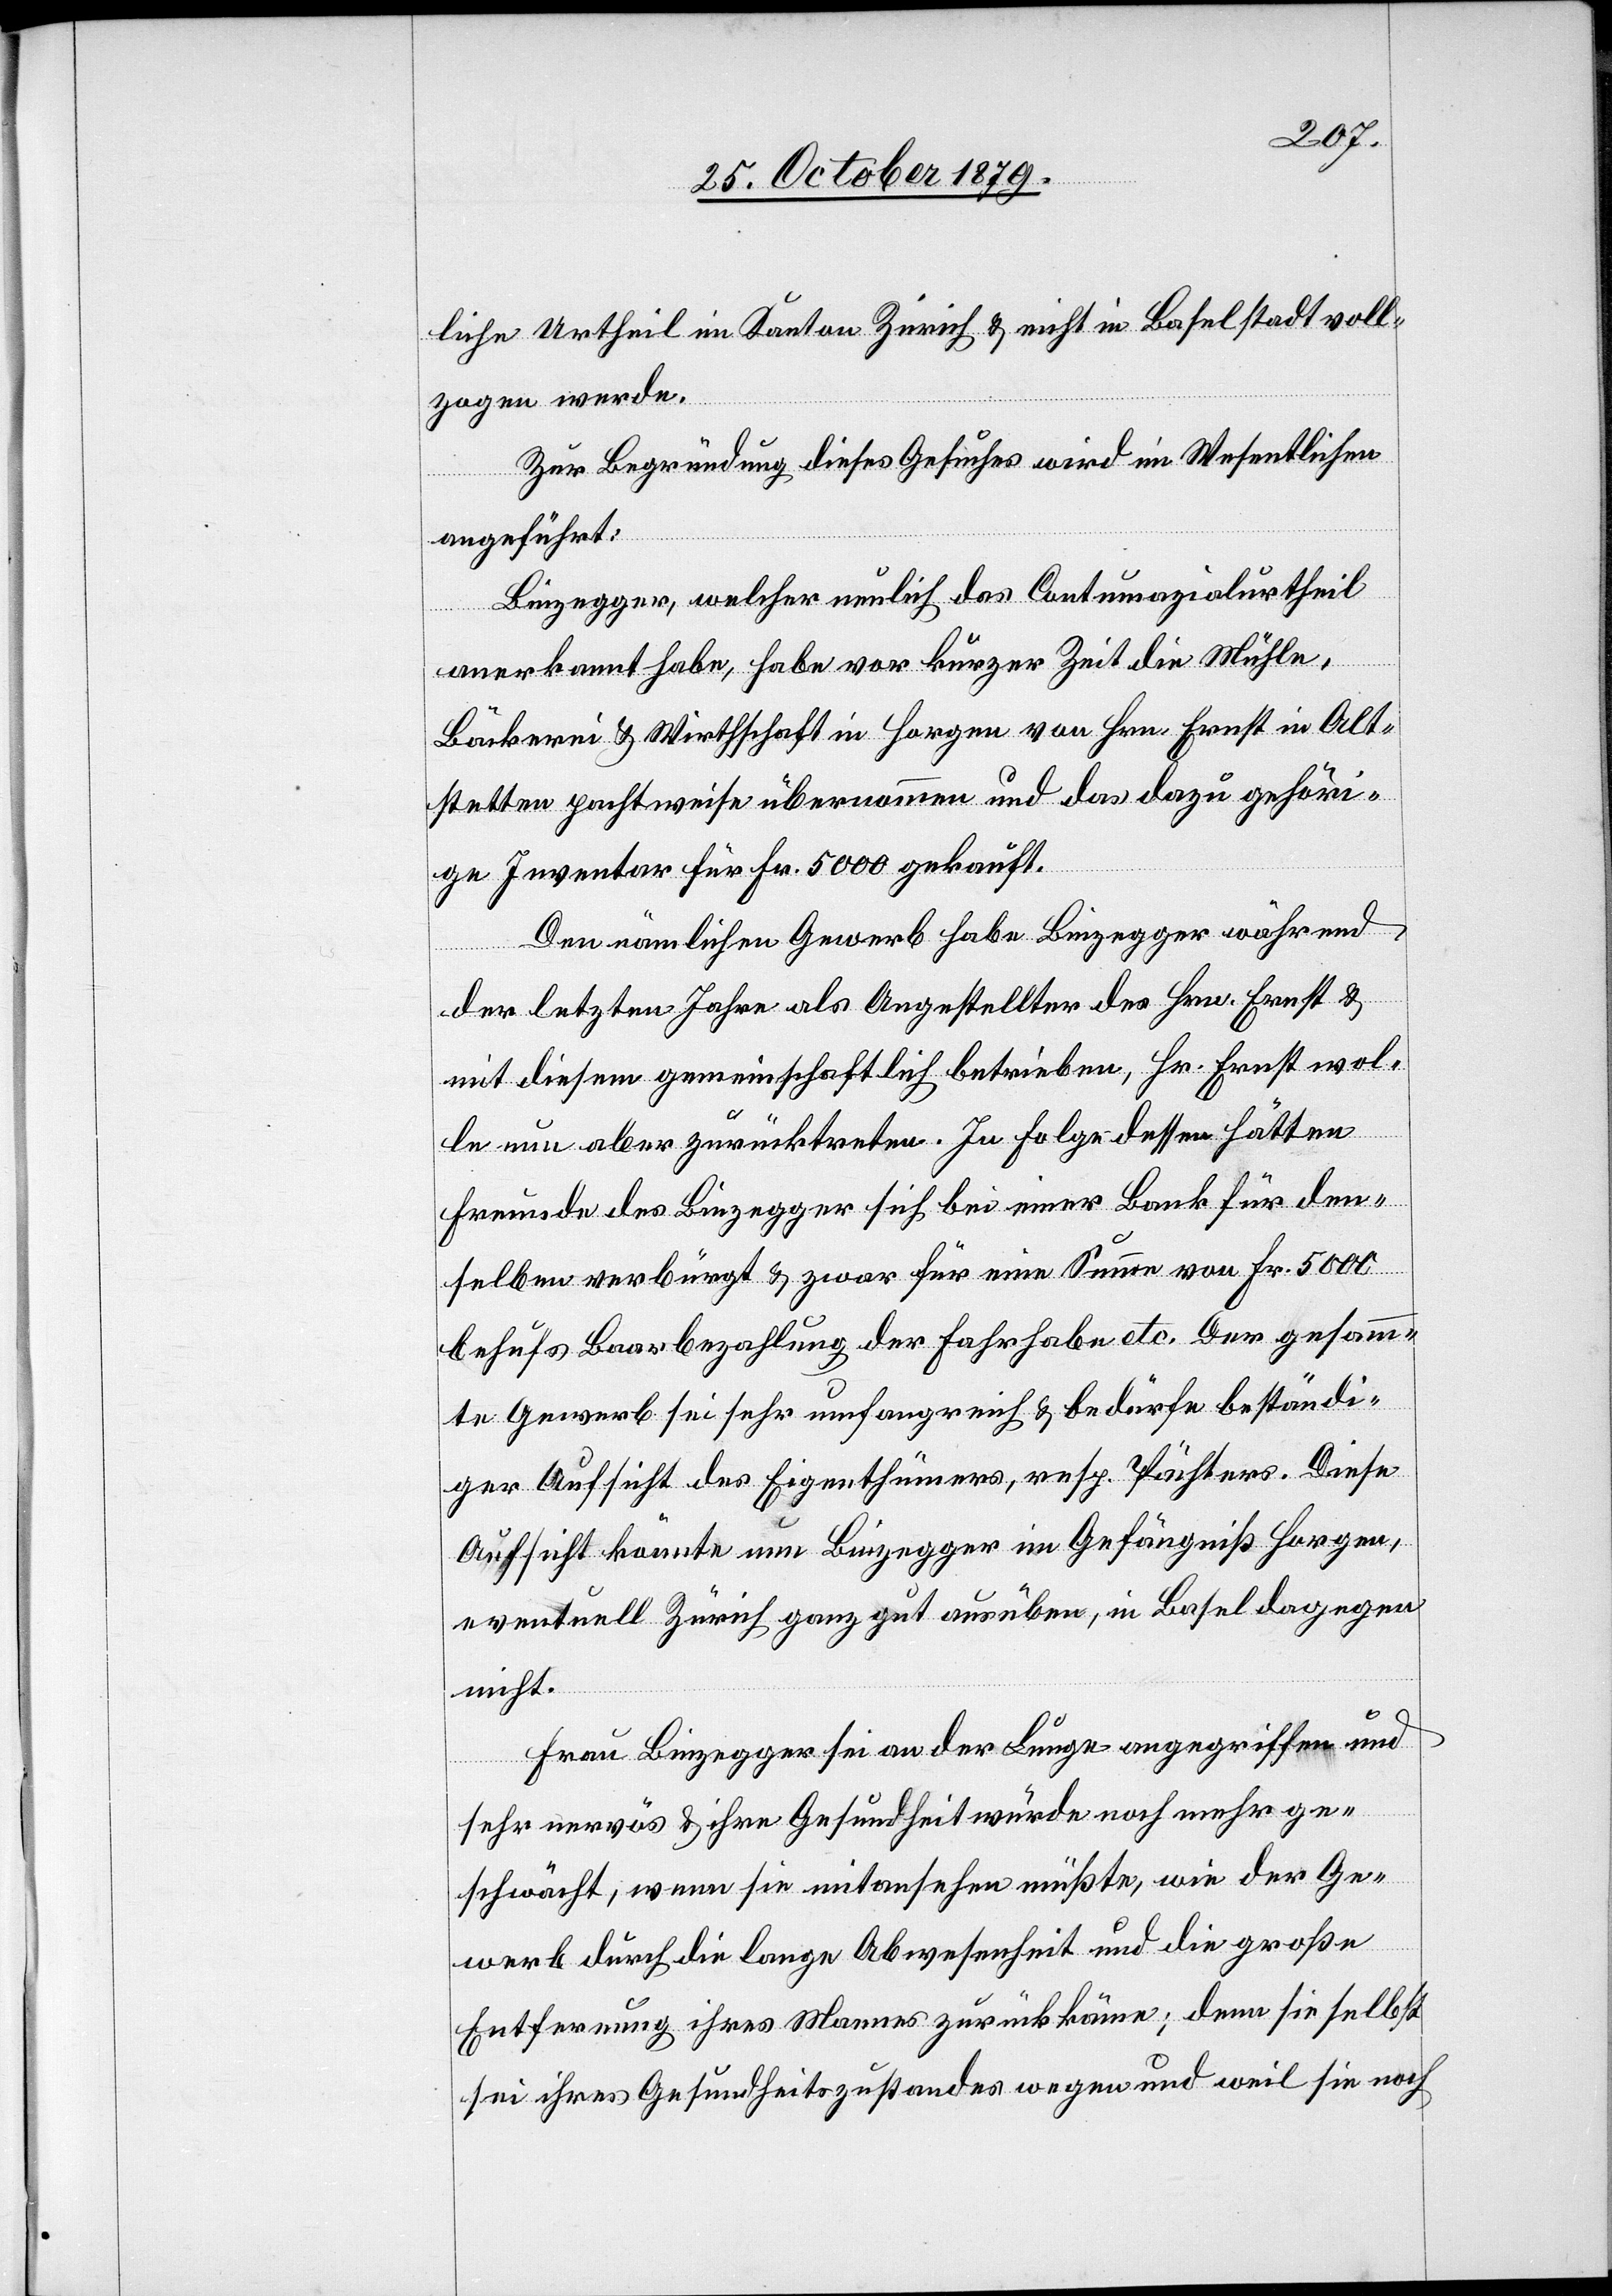
liche Urtheil im Kanton Zürich & nicht in Baselstadt voll¬
zogen werde.
Zur Begründung dieses Gesuches wird im Wesentlichen
angeführt:
Binzegger, welcher neulich das Contumazialurtheil
anerkannt habe, habe vor kurzer Zeit die Mühle,
Bäckerei & Wirthschaft in Horgen von Hrn. Ernst in Alt¬
stetten pachtweise übernommen und das dazu gehöri¬
ge Inventar für Fr. 5000 gekauft.
Den nämlichen Gewerb habe Binzegger während
der letzten Jahre als Angestellter des Hrn. Ernst &
mit diesem gemeinschaftlich betrieben, Hr. Ernst wol¬
le nun aber zurücktreten. In Folge dessen hätten
Freunde des Binzegger sich bei einer Bank für den¬
selben verbürgt & zwar für eine Summe von Fr. 5000
behufs Baarzahlung der Fahrhabe etc. Der gesamm¬
te Gewerb sei sehr umfangreich & bedürfe beständi¬
ger Aufsicht des Eigenthümers, resp. Pächters. Diese
Aufsicht könnte nun Binzegger im Gefängniß Horgen,
eventuell Zürich ganz gut ausüben, in Basel dagegen
nicht.
Frau Binzegger sei an der Lunge angegriffen und
sehr nervös & ihre Gesundheit würde noch mehr ge¬
schwächt, wenn sie mitansehen müßte, wie der Ge¬
werb durch die lange Abwesenheit und die große
Entfernung ihres Mannes zurückkäme; denn sie selbst
sei ihres Gesundheitszustandes wegen und weil sie noch